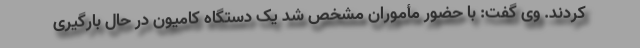
کردند. وی گفت: با حضور مأموران مشخص شد یک دستگاه کامیون در حال بارگیری